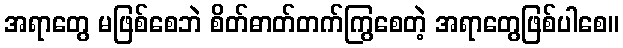
အရာတွေ မဖြစ်စေဘဲ စိတ်ဓာတ်တက်ကြွစေတဲ့ အရာတွေဖြစ်ပါစေ။